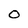
Character: O